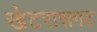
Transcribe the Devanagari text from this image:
खेटरासगट